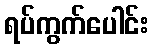
ရပ်ကွက်ပေါင်း